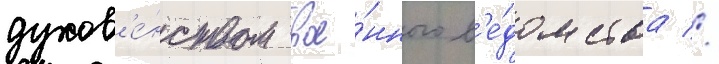
духов'е́нством вое́нного в'е́домства //